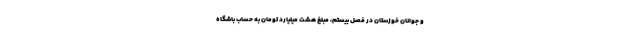
و جوانان خوزستان در فصل بیستم، مبلغ هشت میلیارد تومان به حساب باشگاه